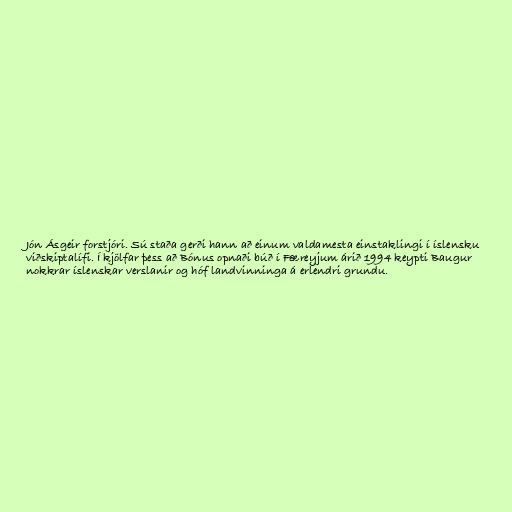
Jón Ásgeir forstjóri. Sú staða gerði hann að einum valdamesta einstaklingi í íslensku
viðskiptalífi. Í kjölfar þess að Bónus opnaði búð í Færeyjum árið 1994 keypti Baugur
nokkrar íslenskar verslanir og hóf landvinninga á erlendri grundu.